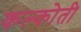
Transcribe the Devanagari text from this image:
कल्कोती